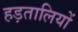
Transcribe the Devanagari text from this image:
हड़तालियों